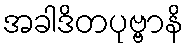
အခါဒိတပုဗ္ဗာနိ